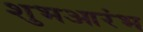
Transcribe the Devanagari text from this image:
शुभआरंभ